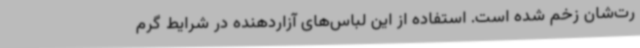
رت‌شان زخم شده است. استفاده از این لباس‌های آزاردهنده در شرایط گرم